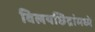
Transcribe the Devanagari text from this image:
विलयछिद्रांमध्ये